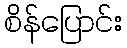
စိန်ပြောင်း